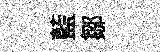
藍鄒